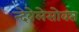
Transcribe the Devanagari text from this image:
न्देबेलेसोबत